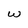
Character: W